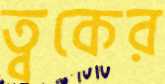
ত্বকের